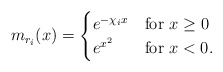
\begin{align*} m_{r_i}(x)=\begin{cases}e^{-\chi_ix} &\mbox{for } x\geq0 \\ e^{x^2} &\mbox{for } x<0.\end{cases}\end{align*}